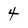
Character: 4